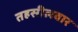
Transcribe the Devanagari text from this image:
तहसीलवार